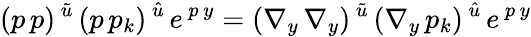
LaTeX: (p\, p)^{\, \tilde{u}}\, (p\, p_{k})^{\, \hat{u}}\, e^{\, p\, y}=(\nabla_{y}\, \nabla_{y})^{\, \tilde{u}}\, (\nabla_{y}\, p_{k})^{\, \hat{u}}\, e^{\, p\, y}